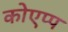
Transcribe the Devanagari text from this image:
कोएप्प